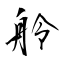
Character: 舲